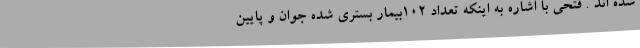
شده اند . فتحی با اشاره به اینکه تعداد 102بیمار بستری شده جوان و پایین